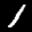
Label: 1